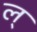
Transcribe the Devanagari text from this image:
ल्‌